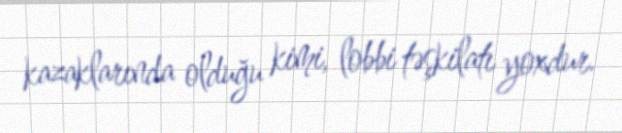
kazaklarında olduğu kimi, lobbi təşkilatı yoxdur.